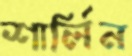
শার্লিন